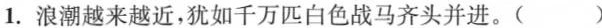
1.浪潮越来越近，犹如千万匹白色战马齐头并进。()